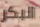
البكر